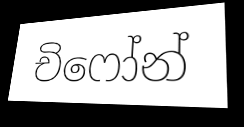
චිෆෝන්